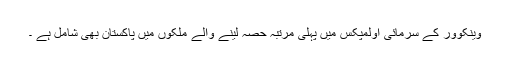
وینکوور کے سرمائی اولمپکس میں پہلی مرتبہ حصہ لینے والے ملکوں میں پاکستان بھی شامل ہے ۔